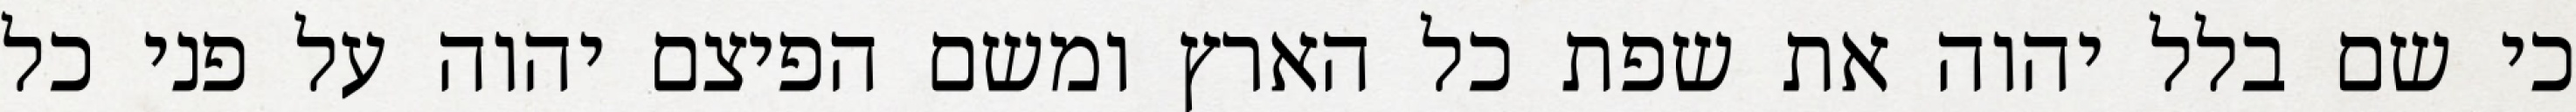
כי שם בלל יהוה את שפת כל הארץ ומשם הפיצם יהוה על פני כל